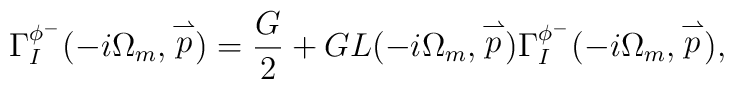
\Gamma_{I}^{\phi^-}(-i\Omega_m, \stackrel{\rightharpoonup}{p})=\frac{G}{2}+GL(-i\Omega_m, \stackrel{\rightharpoonup}{p})\Gamma_{I}^{\phi^-}(-i\Omega_m, \stackrel{\rightharpoonup}{p}),